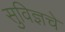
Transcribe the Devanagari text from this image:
सुविज्ञचे